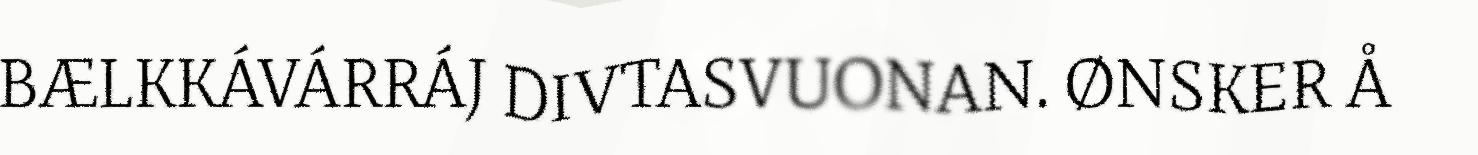
BÆLKKÁVÁRRÁJ DIVTASVUONAN. ØNSKER Å